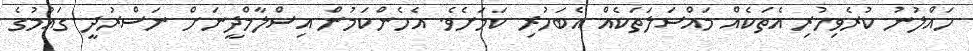
ހައްލުނު ކުރެވިހުރި އެތަކެއް މައްސަލަތަކެއް އެބަހުރި ކަމަށެވެ. އެހެންކަމުން އިސްލާމްދީނަށް ނަސްރުދީ ގައުމުގެ